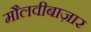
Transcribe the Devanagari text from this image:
मौलवीबाज़ार